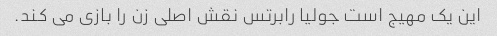
این یک مهیج است جولیا رابرتس نقش اصلی زن را بازی می کند.